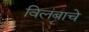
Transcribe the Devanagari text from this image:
विलंबाचे